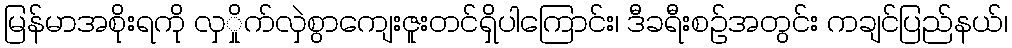
မြန်မာအစိုးရကို လှှိုက်လှဲစွာကျေးဇူးတင်ရှိပါကြောင်း၊ ဒီခရီးစဉ်အတွင်း ကချင်ပြည်နယ်၊